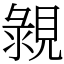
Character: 䚄